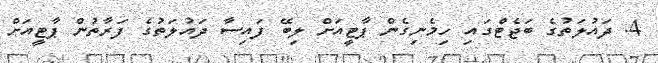
4. ދައުލަތުގެ ބަޖެޓްގައި ހިމެނިގެން ޕާޓީއަށް ލިބޭ ފައިސާ ދައުލަތުގެ ފަރާތުން ޕާޓީއަށް